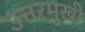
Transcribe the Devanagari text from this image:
उत्तरमुखी